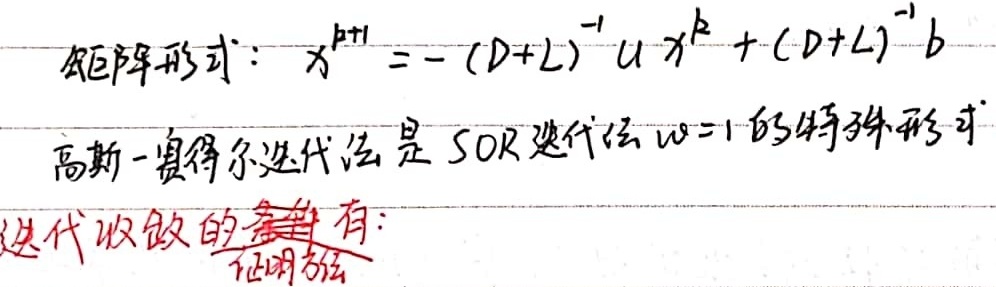
矩阵形式：
\[
x^{k + 1}=-(D + L)^{-1}Ux^{k}+(D + L)^{-1}b
\]
高斯 - 赛得尔迭代法是 SOR 迭代法\(\omega = 1\)的特殊形式。迭代收敛的有：证明略